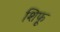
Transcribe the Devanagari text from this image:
शिफू